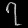
Digit: ၇